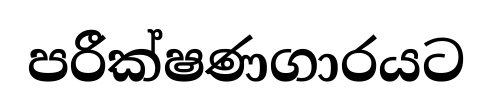
පරීක්ෂණගාරයට